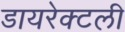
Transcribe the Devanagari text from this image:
डायरेक्टली